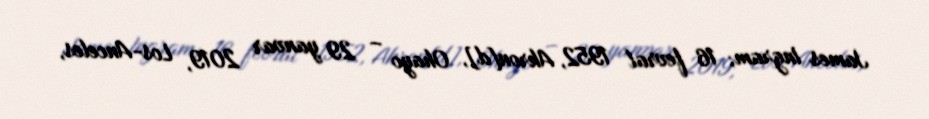
James Ingram; 16 fevral 1952, Akron[d], Ohayo – 29 yanvar 2019, Los-Anceles,